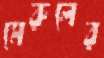
মেরুলের